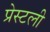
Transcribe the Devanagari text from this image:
प्रेस्टली